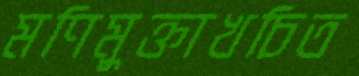
মণিমুক্তাখচিত